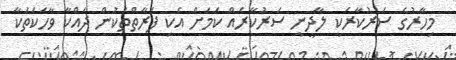
މިހާރުގެ ސަރުކާރަކީ ލާދީނީ ސަރުކާރެއް ކަމަށް އެކި ފަރާތްތަކުން ދައްކާ ވާހަކަތަކާ